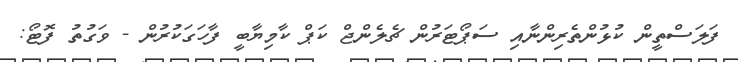
ފަލަސްތީން ކުޅުންތެރިންނާއި ސަޕޯޓަރުން ޗެލެންޖް ކަޕް ކާމިޔާބީ ފާހަގަކުރުން - ވަގުތު ފޮޓޯ: